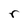
Character: r